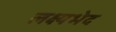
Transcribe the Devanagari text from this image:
लक्ष्यभेद